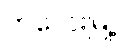
ကလေးမြို့